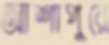
আশাপুরে